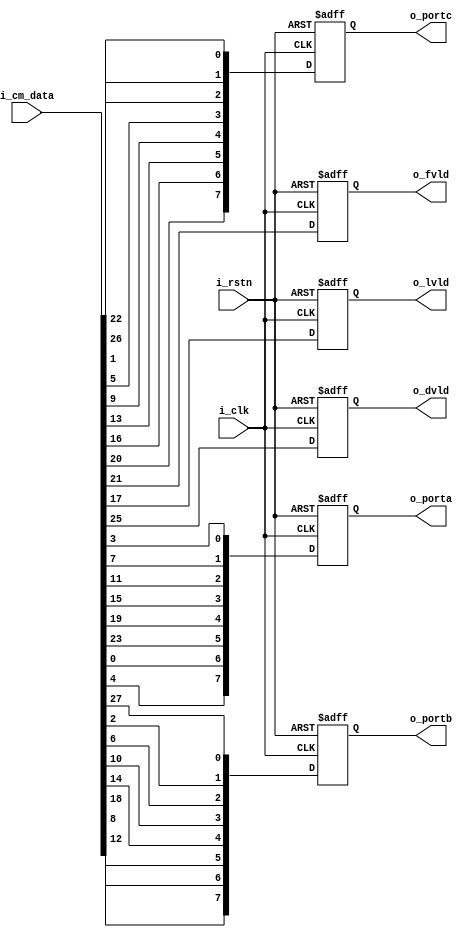
`timescale 1ns / 1ps
//////////////////////////////////////////////////////////////////////////////////
// Company: 
// Engineer: 
// 
// Design Name: 
// Module Name: cmlink2dcp
// Project Name: 
// Target Devices: 
// Tool Versions: 
// Description: 
// 
// Dependencies: 
// 
// Revision:
// Revision 0.01 - File Created
// Additional Comments:
// 
//////////////////////////////////////////////////////////////////////////////////


module cmlink2dcp (
    input             i_clk,
    input             i_rstn,
    input      [27:0] i_cm_data,
    output reg        o_fvld,
    output reg        o_lvld,
    output reg        o_dvld,
    output reg [ 7:0] o_porta,
    output reg [ 7:0] o_portb,
    output reg [ 7:0] o_portc

);

  reg [27:0] r_cm_data_d;
  //-------------------------------------------------------
  //--  clk     _____________________
  //--  txout0 | tx7  | tx6  | tx4  | tx3  | tx2  | tx1  | tx0
  //--  txout1 | tx18 | tx15 | tx14 | tx13 | tx12 | tx9  | tx8
  //--  txout2 | tx26 | tx25 | tx24 | tx22 | tx21 | tx20 | tx19
  //--  txout3 | tx23 | tx17 | tx16 | tx11 | tx10 | tx5  | tx27
  //-------------------------------------------------------
  //--  clk    ______________________________
  //--  txout0 | portB0 | portA5  | portA4  | portA3  | portA2  | portA1  | portA0
  //--  txout1 | portC1 | portC0  | portB5  | portB4  | portB3  | portB2  | portB1
  //--  txout2 | dval   | fval    | lval    | portC5  | portC4  | portC3  | portC2
  //--  txout3 | spare  | portC7  | portC6  | portB7  | portB6  | portA7  | portA6
  //-------------------------------------------------------
  //-- tx0  = portA0  ||  tx7  = portB0  || tx15  =  portC0
  //-- tx1  = portA1  ||  tx8  = portB1  || tx18  =  portC1
  //-- tx2  = portA2  ||  tx9  = portB2  || tx19  =  portC2
  //-- tx3  = portA3  ||  tx12 = portB3  || tx20  =  portC3
  //-- tx4  = portA4  ||  tx13 = portB4  || tx21  =  portC4
  //-- tx6  = portA5  ||  tx14 = portB5  || tx22  =  portC5
  //-- tx27 = portA6  ||  tx10 = portB6  || tx16  =  portC6
  //-- tx5  = portA7  ||  tx11 = portB7  || tx17  =  portC7
  //-- tx24 = lval    ||  tx25 = fval    || tx26  =  dval    
  //-- tx23= spare   
  //-------------------------------------------------------
  always @(posedge i_clk, negedge i_rstn) begin
    if (!i_rstn) r_cm_data_d <= 28'd0;
    else r_cm_data_d <= i_cm_data;
  end
  always @(posedge i_clk, negedge i_rstn) begin
    if (!i_rstn) begin
      o_fvld  <= 1'b0;
      o_lvld  <= 1'b0;
      o_dvld  <= 1'b0;
      o_porta <= 8'b0;
      o_portb <= 8'b0;
      o_portc <= 8'b0;
    end else begin
      o_fvld  <= i_cm_data[21];
      o_lvld  <= i_cm_data[17];
      o_dvld  <= i_cm_data[25];
      o_porta <= {i_cm_data[4], i_cm_data[0], i_cm_data[23], i_cm_data[19], i_cm_data[15], i_cm_data[11], i_cm_data[7], i_cm_data[3]};
      o_portb <= {i_cm_data[12], i_cm_data[8], i_cm_data[18], i_cm_data[14], i_cm_data[10], i_cm_data[6], i_cm_data[2], i_cm_data[27]};
      o_portc <= {i_cm_data[20], i_cm_data[16], i_cm_data[13], i_cm_data[9], i_cm_data[5], i_cm_data[1], i_cm_data[26], i_cm_data[22]};
    end
  end

  // always @(posedge i_clk, negedge i_rstn) begin
  //   if (!i_rstn) begin
  //     o_fvld  <= 1'b0;
  //     o_lvld  <= 1'b0;
  //     o_dvld  <= 1'b0;
  //     o_porta <= 8'b0;
  //     o_portb <= 8'b0;
  //     o_portc <= 8'b0;
  //   end else begin
  //     o_fvld  <= i_cm_data[21];
  //     o_lvld  <= r_cm_data_d[17];
  //     o_dvld  <= i_cm_data[25];
  //     o_porta <= {r_cm_data_d[4], r_cm_data_d[0], i_cm_data[23], r_cm_data_d[19], r_cm_data_d[15], r_cm_data_d[11], r_cm_data_d[7], r_cm_data_d[3]};
  //     o_portb <= {r_cm_data_d[12], r_cm_data_d[8], r_cm_data_d[18], r_cm_data_d[14], r_cm_data_d[10], r_cm_data_d[6], r_cm_data_d[2], i_cm_data[27]};
  //     o_portc <= {i_cm_data[20], r_cm_data_d[16], r_cm_data_d[13], r_cm_data_d[9], r_cm_data_d[5], r_cm_data_d[1], i_cm_data[26], i_cm_data[22]};
  //   end
  // end
  //-- portA7   4| portA6  0| portA5  23| portA4  19| portA3  15| portA2  11| portA1  7| portA0 3
  //-- portB7  12| portB6  8| portB5  18| portB4  14| portB3  10| portB2   6| portB1  2| portB0 27
  //-- portC7  20| portC6 16| portC5  13| portC4   9| portC3   5| portC2   1| portC1 26| portC0  22
  //-- dval   25| lval    17| fval    21|

endmodule